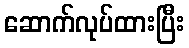
ဆောက်လုပ်ထားပြီး